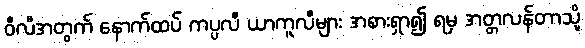
ဝီလီအတွက် နောက်ထပ် ကပ္ပလီ ယာကူလီများ အစားရှာ၍ ရမှ အတ္တလန်တာသို့